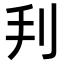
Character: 𠛃